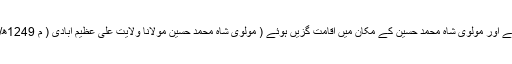
اور عظیم آباد(پٹنہ) جا پہنچے اور مولوی شاہ محمد حسین کے مکان میں اقامت گزیں ہوئے ( مولوی شاہ محمد حسین مولانا ولایت علی عظیم آبادی ( م 1249ھ/ 1852ء) کے خلیفہ تھے۔